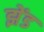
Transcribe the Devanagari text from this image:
झेंड